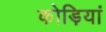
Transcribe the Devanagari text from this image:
कोड़ियां